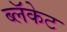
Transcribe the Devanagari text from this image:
ब्लॅकेट